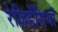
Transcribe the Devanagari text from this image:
रेज़िडेंसियों